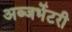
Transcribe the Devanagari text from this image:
अब्जर्भेटरी